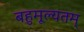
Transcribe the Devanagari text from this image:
बहुमूल्यतम्